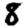
Digit: 8